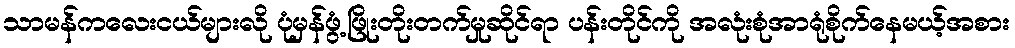
သာမန်ကလေးငယ်များလို ပုံမှန်ဖွံ့ဖြိုးတိုးတက်မှုဆိုင်ရာ ပန်းတိုင်ကို အလုံးစုံအာရုံစိုက်နေမယ့်အစား